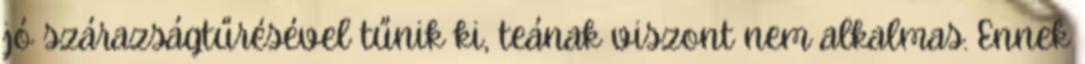
jó szárazságtűrésével tűnik ki, teának viszont nem alkalmas. Ennek